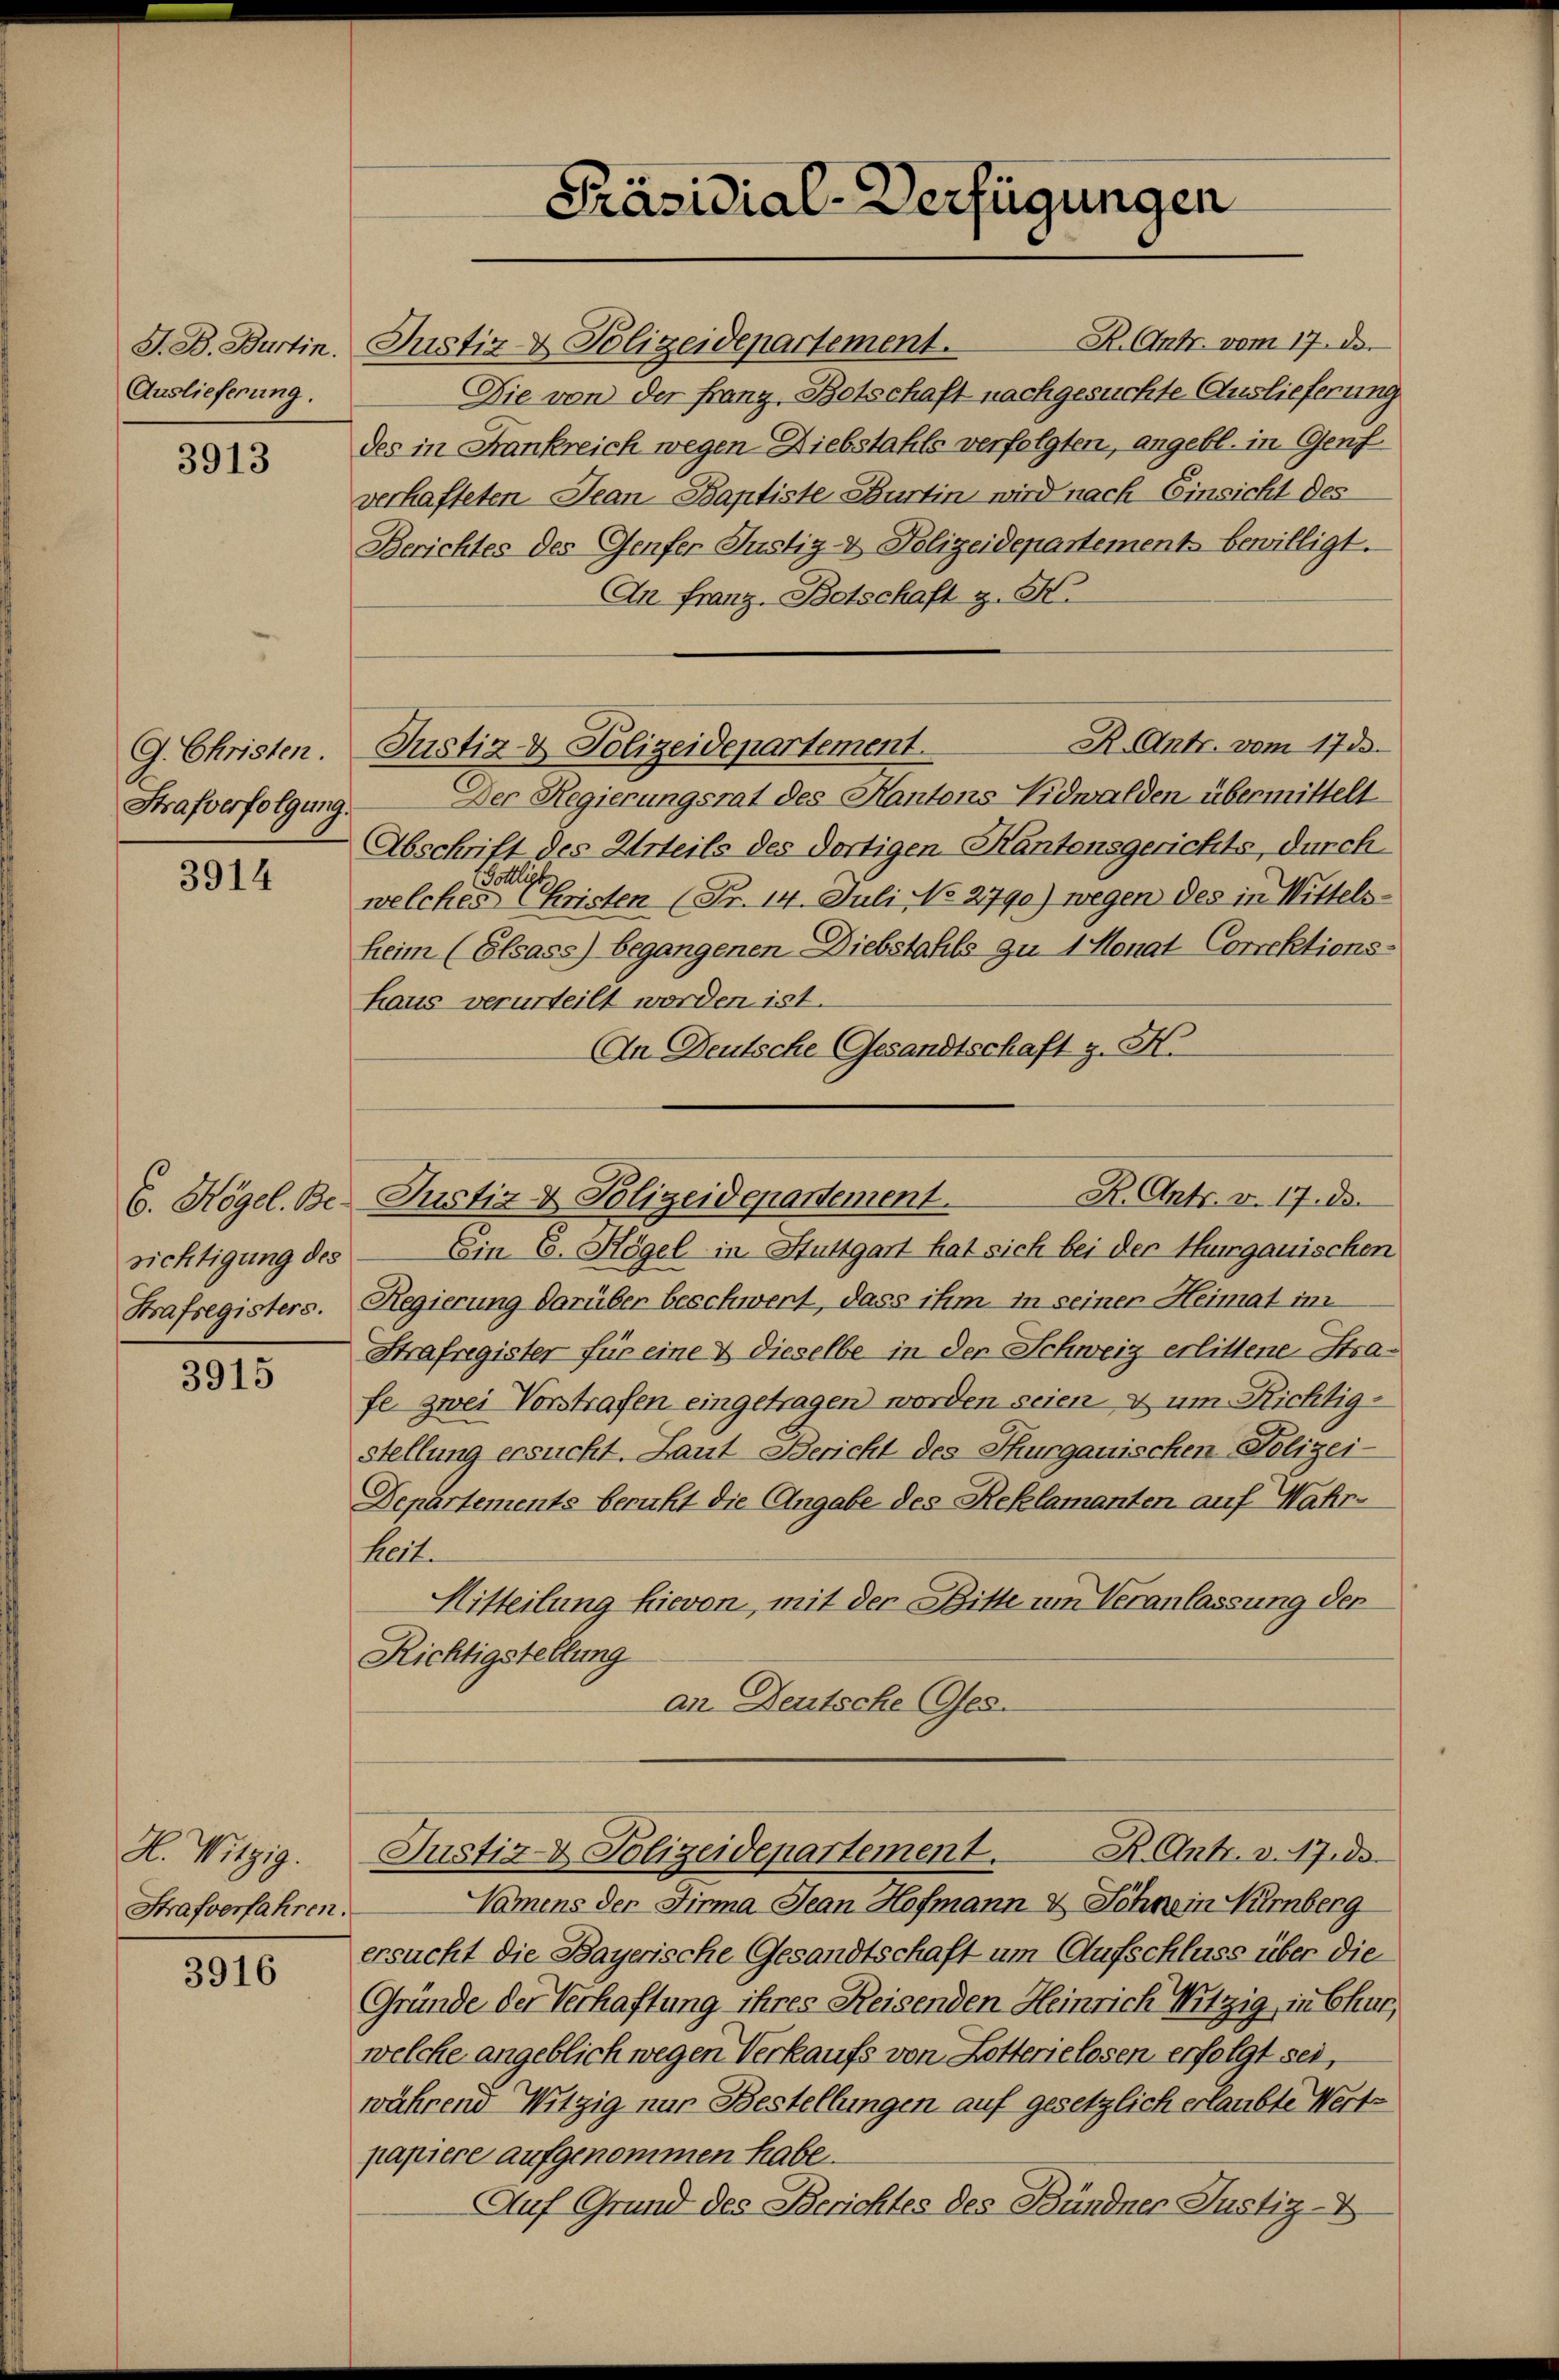
G. B. Burtin.
Auslieferung.

3913

G. Christen.
Strafverfolgung.

3914

sichtigung des
Strafsegisters.

3915

H. Witzig.
Strafverfahren.

3916

R. Antr. vom 17. de
Justiz & Polizeidepartement.
Die von der Franz, Botschaft nachgesuchte Auslieferung
des in Frankreich wegen Diebstahls verfolgten, angebl. in Genf
verhafteten Jean Baptiste Burtin wird nach Einsicht des
Berichtes des Genfer Justiz- & Polizeidepartements bewilligt.
An Franz-Botschaft z. K.
R. Antr. vom 173.
Justiz- & Polizeidepartement.
Der Regierungsrat des Kantons Vidwalden übermittelt
Abschrift des Urteils des dortigen Kantonsgerichts, durch
Söllig
welches Christen (Fr. 14. Juli No 2790) wegen des in Mittels-
heim (Elsass) begangenen Diebstahls zu 1 Monat Correktions-
haus verurteilt worden ist.
An Deutsche Gesandtschaft z. H.

Präsidial-Verfügungen

Ein E. Högel in Stuttgart hat sich bei der Thurgauischen
Regierung darüber beschwert, dass ihm in seiner Heimat im
Strafregister für eine & dieselbe in der Schweiz erlittene Strafe zwei Vorstrafen eingetragen worden seien & um Richtigstellung ersucht. Laut Bericht des Thurgauischen Polizei-
Departements beruht die Angabe des Reklamanten auf Wahr-
Mart.
Mitteilung hievon, mit der Bitte um Veranlassung der
Richtigstellung
an Deutsche Ges.

R. Antr. v. 17. de
E. Högel. Be. Justiz- & Polizeidepartement.

Namens der Firma Jean Hofmann & Schwein Himberg
ersucht die Bayerische Gesandtschaft um Aufschluss über die
Gründe der Verhaftung ihres Reisenden Heinrich Mitzig, in Chur,
welche angeblich wegen Verkaufs von Lotterielosen erfolgt sei,
während Witzig nur Bestellungen auf gesetzlich erlaubte Wert-
papiere aufgenommen habe.
Auf Grund des Berichtes des Bündner Justiz-

R. Ant. v. 17. ds.
Justiz- & Polizeidepartement.